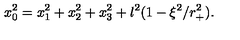
x _ { 0 } ^ { 2 } = x _ { 1 } ^ { 2 } + x _ { 2 } ^ { 2 } + x _ { 3 } ^ { 2 } + l ^ { 2 } ( 1 - \xi ^ { 2 } / r _ { + } ^ { 2 } ) .